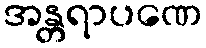
အန္တရာပဏေ